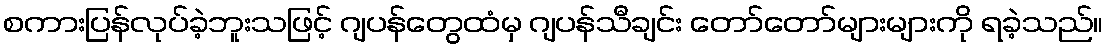
စကားပြန်လုပ်ခဲ့ဘူးသဖြင့် ဂျပန်တွေထံမှ ဂျပန်သီချင်း တော်တော်များများကို ရခဲ့သည်။